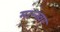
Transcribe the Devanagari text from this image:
मान्य्वर